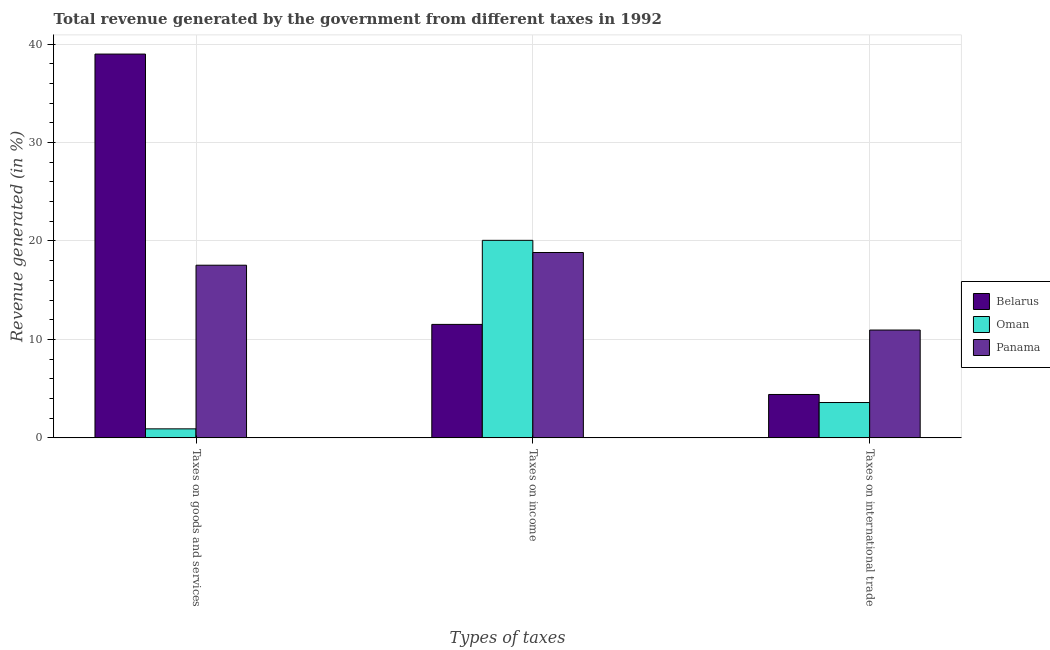
| Types of taxes | Belarus | Oman | Panama |
 | --- | --- | --- | --- |
 | Taxes on goods and services | 39 | 0.916 | 17.5 |
 | Taxes on income | 11.5 | 20.1 | 18.8 |
 | Taxes on international trade | 4.41 | 3.59 | 11 |